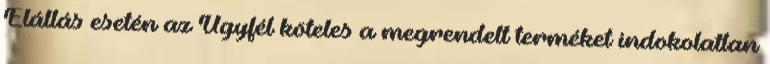
Elállás esetén az Ügyfél köteles a megrendelt terméket indokolatlan